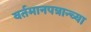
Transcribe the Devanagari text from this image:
वर्तमानपत्रान्च्या